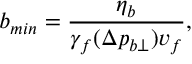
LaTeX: b _ { m i n } = \frac { \eta _ { b } } { \gamma _ { f } ( \Delta p _ { b \perp } ) v _ { f } } ,